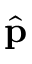
\hat { \bf p }